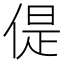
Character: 偍